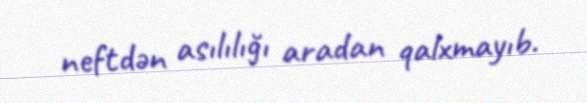
neftdən asılılığı aradan qalxmayıb.